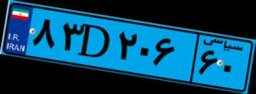
۱۹D۷۲۶۰۲